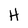
Character: H